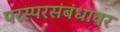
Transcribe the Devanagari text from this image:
परस्परसंबंधावर